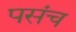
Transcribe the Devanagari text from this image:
पसंच